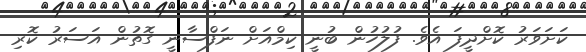
ކަށަވަރު ކޮށްދީފަ އެވެ. ފުލުހުން ބުނީ ކިމްއަށް ނަފްސާނީ ގޮތުން އަސަރު ކޮރި